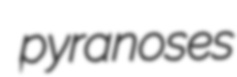
pyranoses